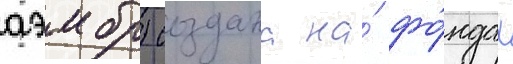
аэмбр) создана на́ фо́ндах